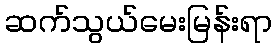
ဆက်သွယ်မေးမြန်းရာ